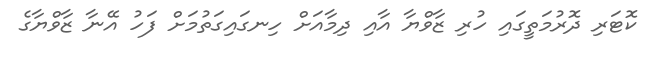
ކޮޓަރި ދޮރުމަތީގައި ހުރި ޒާވްޔާ އާއި ދިމާއަށް ހިނގައިގަތުމަށް ފަހު އޭނާ ޒާވްޔާގެ